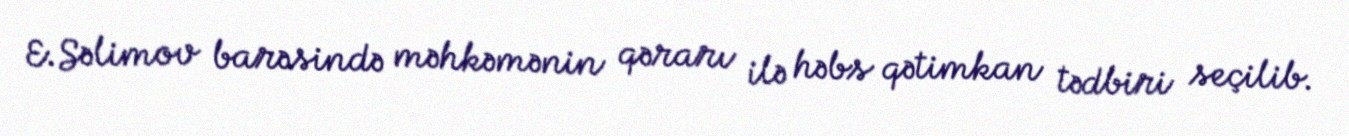
E.Səlimov barəsində məhkəmənin qərarı ilə həbs qətimkan tədbiri seçilib.